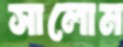
সালোম